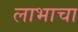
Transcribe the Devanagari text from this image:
लाभाचा